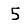
Digit: 5